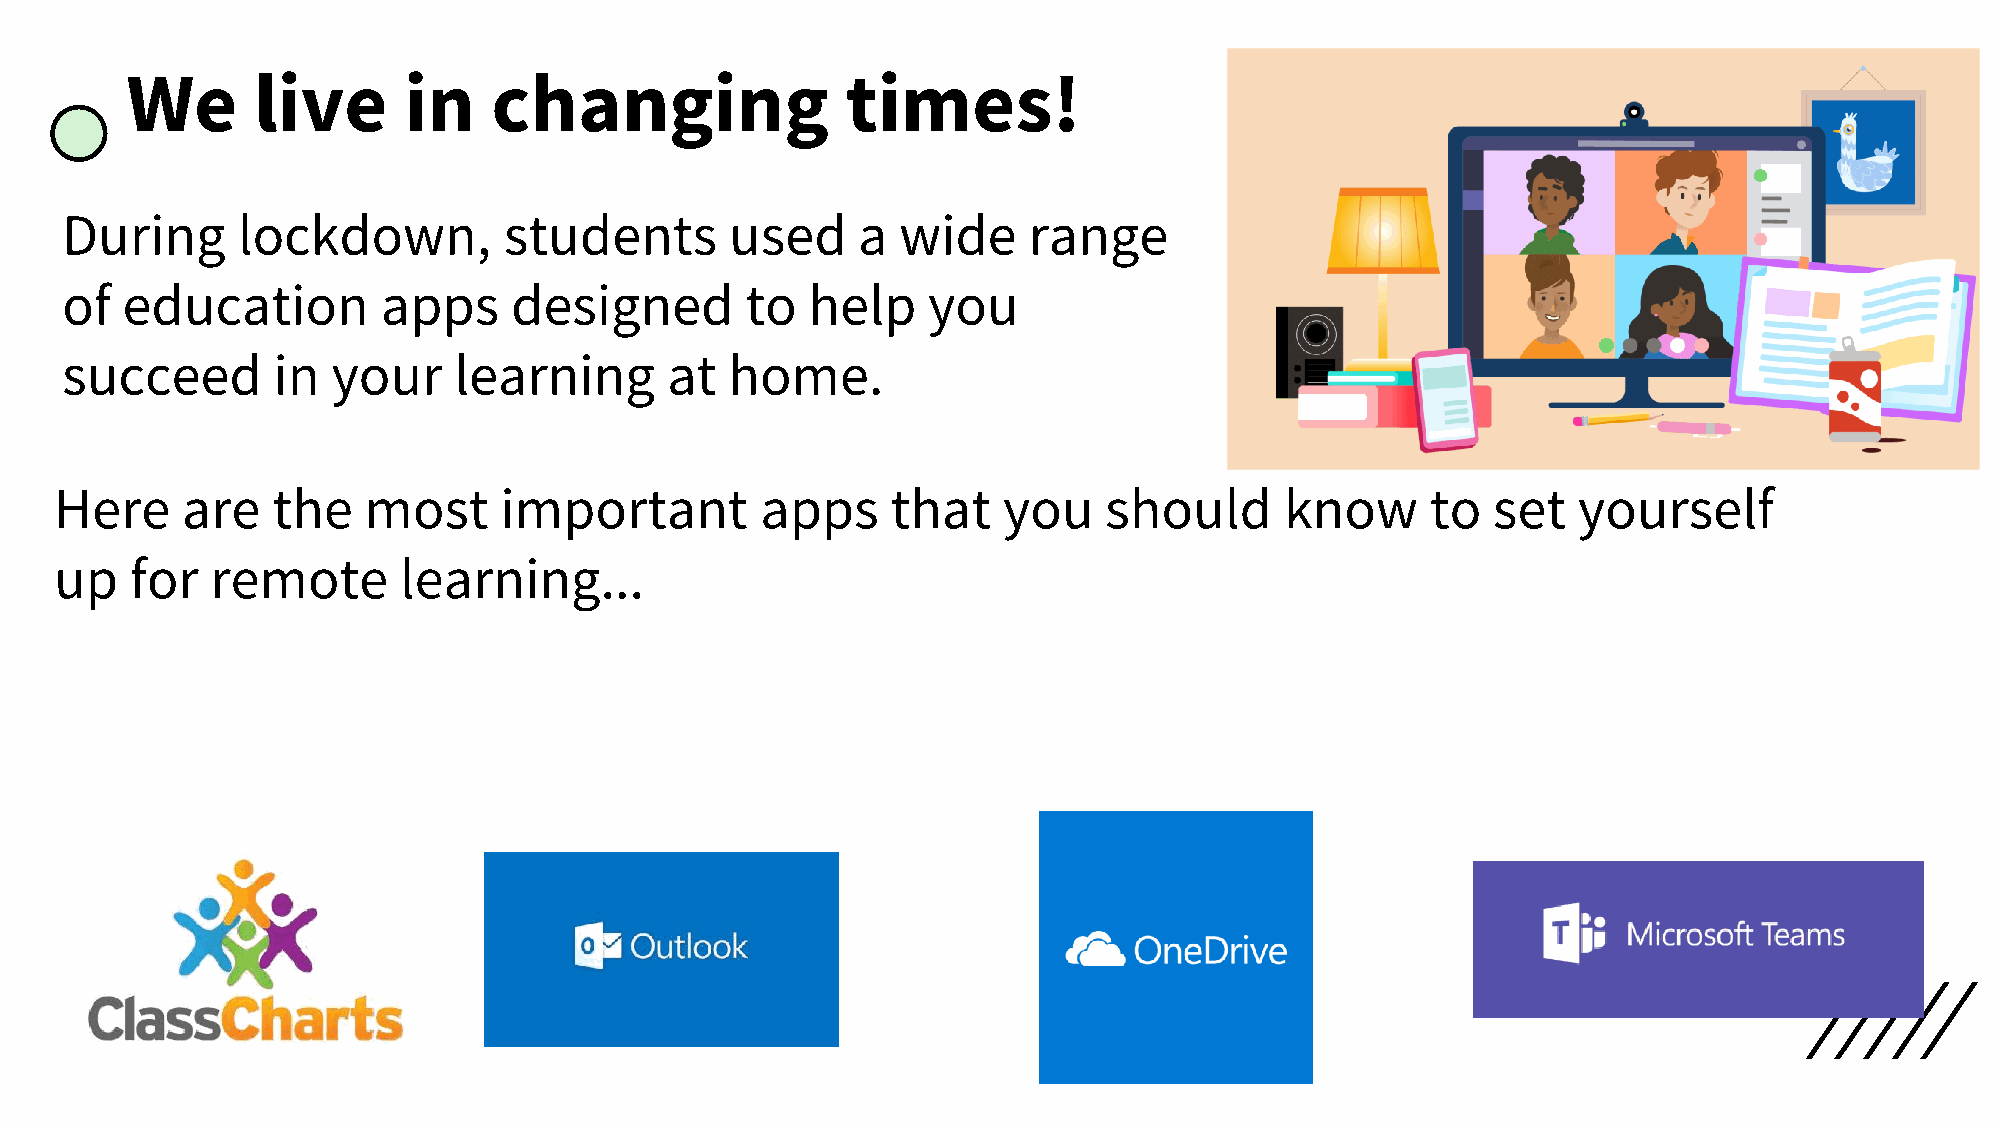
We       live      in    changing               times!
 During      lockdown,        students       used     a  wide    range
 of  education        apps     designed       to  help    you
 succeed       in  your    learning      at  home.
 Here    are   the   most     important        apps     that   you    should      know      to  set  yourself
 up   for  remote      learning...